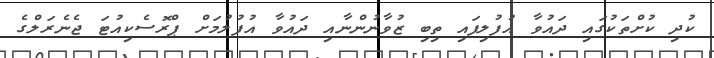
ކުދި ކުށްތަކުގައި ދައުވާ އުފުލިފައި ތިބި ޒުވާނުންނާއި ދައުވާ އުފުލުމަށް ޕްރޮސެކިއުޓަ ޖެނެރަލްގެ